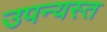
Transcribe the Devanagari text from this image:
उपन्यस्त